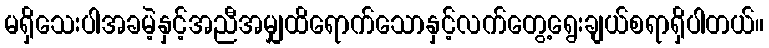
မရှိသေးပါအခမဲ့နှင့်အညီအမျှထိရောက်သောနှင့်လက်တွေ့ရွေးချယ်စရာရှိပါတယ်။